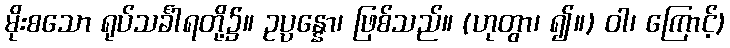
မိုးစသော ရုပ်သင်္ခါရတို့၌။ ဥပ္ပန္နော၊ ဖြစ်သည်။ (ဟုတွာ၊ ၍။) ဝါ၊ ကြောင့်)